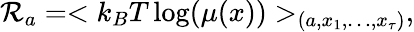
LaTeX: \mathcal{R}_{a}=<k_{B}T\log(\mu(x))>_{(a,x_{1},\dots,x_{\tau})},